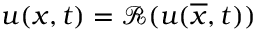
u ( x , t ) = \mathscr { R } ( u ( \overline { { x } } , t ) )